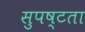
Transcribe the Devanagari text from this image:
सुपष्टता